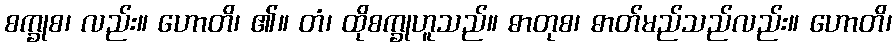
စက္ခုစ၊ လည်း။ ဟောတိ၊ ၏။ တံ၊ ထိုစက္ခုဟူသည်။ ဓာတုစ၊ ဓာတ်မည်သည်လည်း။ ဟောတိ၊